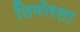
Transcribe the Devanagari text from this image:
तिमोरला